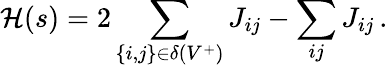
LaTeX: {\cal H}(s)=2\sum_{\{ i,j\} \in\delta(V^{+})}J_{ij}-\sum_{ij}J_{ij}\, .